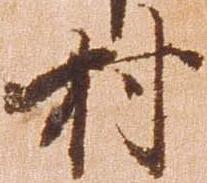
村